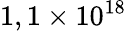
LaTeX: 1,1\times 10^{18}